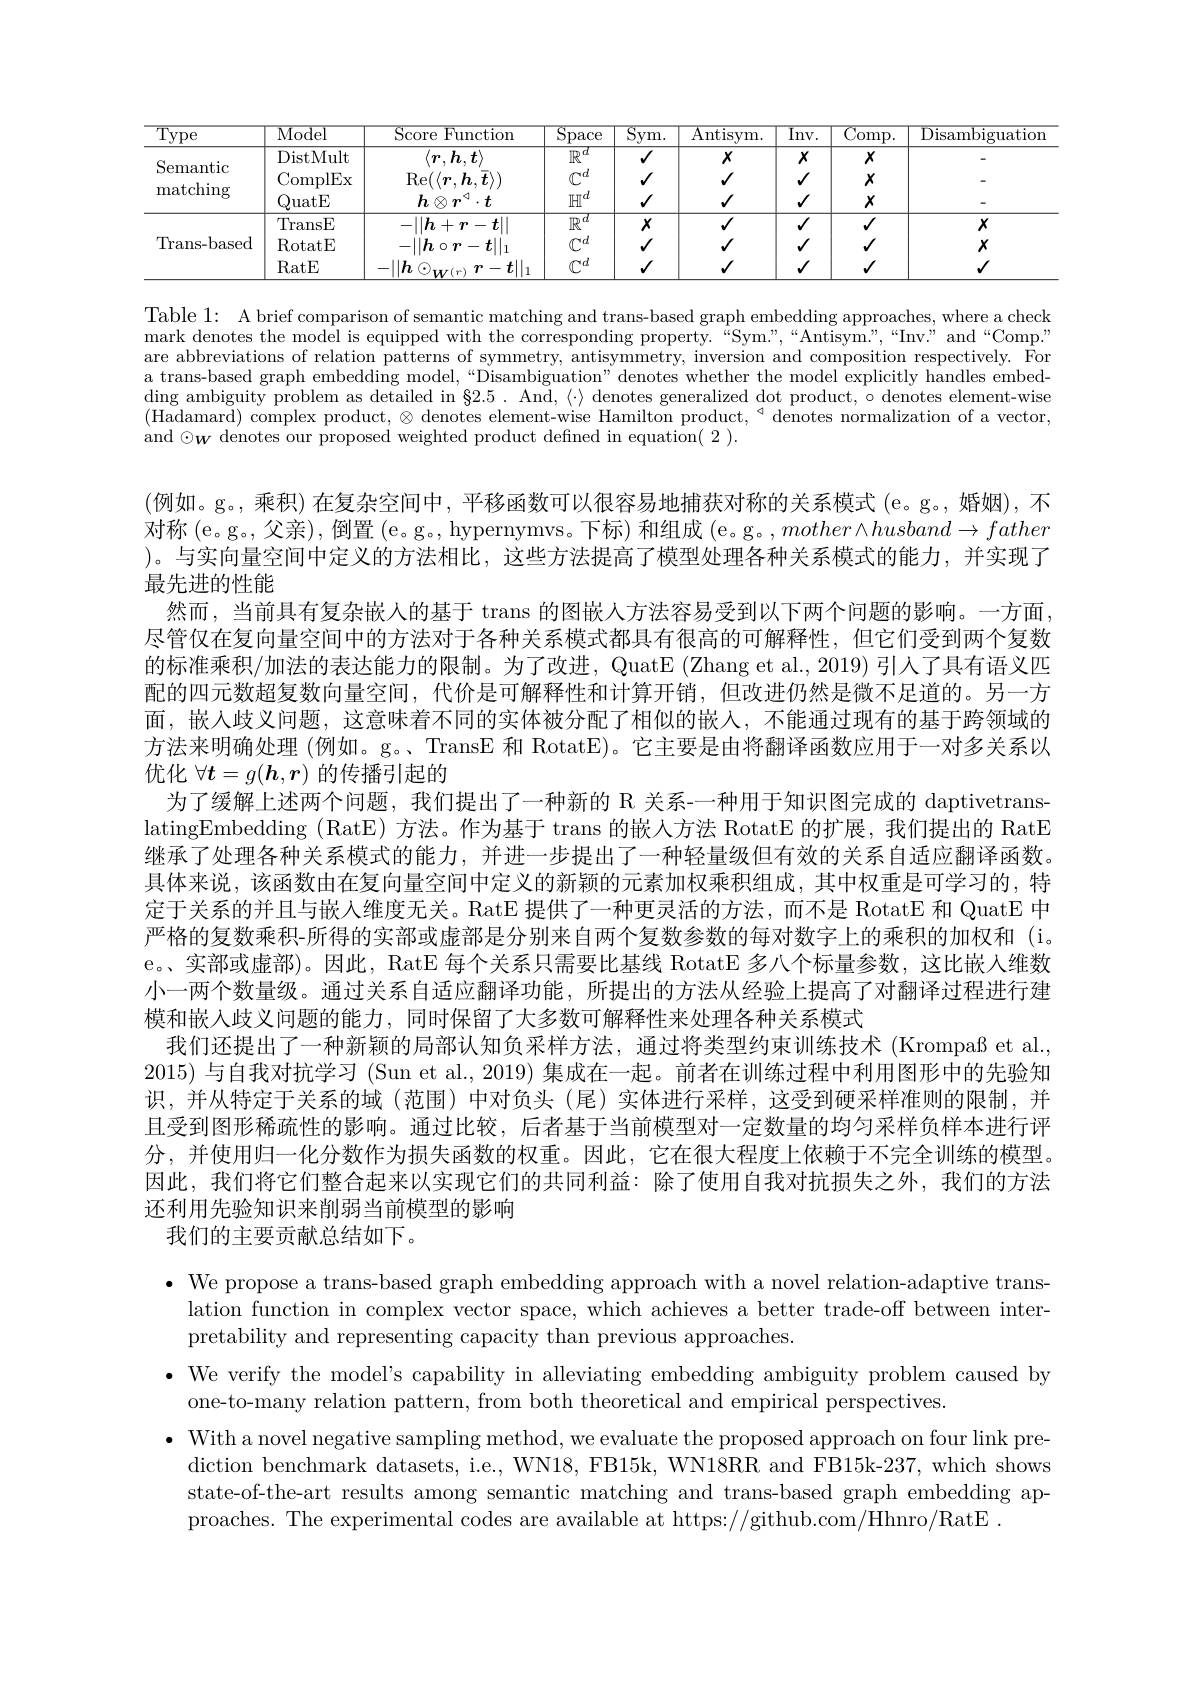
<table>
	<tbody>
		<tr>
			<th>$\overline{\mathrm{Type}}$</th>
			<th>$\overline{\mathrm{Model}}$</th>
			<th>Score E Function</th>
			<th>$\overline{\mathrm{Space}}$</th>
			<th>$\overline{{\mathrm{Antisym.}}}$</th>
			<th>$\overline{\mathrm{Inv.}}$</th>
			<th>$\overline{\mathrm{Comp}}.$</th>
			<th>Disambiguatior</th>
		</tr>
		<tr>
			<td rowspan="2">Semantic ${\mathrm{matching}}$</td>
			<td>DistMult</td>
			<td>$\langle\boldsymbol{r},\boldsymbol{h},\boldsymbol{t}\rangle$</td>
			<td>$\mathbb{R}^d$</td>
			<td>$X$</td>
			<td>$X$</td>
			<td>$X$</td>
			<td> </td>
		</tr>
		<tr>
			<td>0 ${\mathrm{2uatE}}$</td>
			<td>$h$ $\cdot\boldsymbol{t}$</td>
			<td>$\mathbb{H}^{d}$</td>
			<td>$√$</td>
			<td>$√$</td>
			<td>$X$</td>
			<td> </td>
		</tr>
		<tr>
			<td rowspan="3">Trans- based</td>
			<td>TransE</td>
			<td>$-||h+r-t||$</td>
			<td>$\mathbb{R}^d$</td>
			<td>$√$</td>
			<td>$\checkmark$</td>
			<td>$√$</td>
			<td>$X$</td>
		</tr>
		<tr>
			<td>$\operatorname{RotatE}$</td>
			<td>$\|h\circ r-\boldsymbol{t}\|$</td>
			<td>$\mathbb{C}^d$</td>
			<td>$√$</td>
			<td>$√$</td>
			<td>$√$</td>
			<td>$X$</td>
		</tr>
		<tr>
			<td>RatE</td>
			<td>$-||\boldsymbol{h}\odot$ $r-\boldsymbol{t}\|_{1}$ .</td>
			<td>$\mathbb{C}^d$</td>
			<td>$√$</td>
			<td>$√$</td>
			<td>$V$</td>
			<td>$√$</td>
		</tr>
	</tbody>
</table>

Table 1: A brief comparison of semantic matching and trans-based graph embedding approaches, where a check mark denotes the model is equipped with the corresponding property.“Sym”,“Antisym?,“Inv:”and“Comp.” are abbreviations of relation patterns of symmetry, antisymmetry, inversion and composition respectively. For a trans-based graph embedding model,“Disambiguation” denotes whether the model explicitly handles embed- $\operatorname{ding}$ ambiguity problem as detailed in $\$2.5.$ And, $\langle\cdot\rangle$ denotes generalized dot product, $\circ$ denotes element-wise (Hadamard) complex product, $\otimes\text{denotes element-wise Hamilton product,}^{\triangleleft}$ denotes normalization of a vector, and$\odot\boldsymbol w$ denotes our proposed weighted product defined in equation( 2 ).

(例如。g。,乘积)在复杂空间中，平移函数可以很容易地捕获对称的关系模式 (e。g。,婚姻),不对称(e。g。父亲), 倒置 (e。g。, hypernymvs。下标) 和组成 (e。g。$,mother\wedge husband\to father$ )。与实向量空间中定义的方法相比，这些方法提高了模型处理各种关系模式的能力，并实现了最先进的性能
然而，当前具有复杂嵌人的基于 trans 的图嵌人方法容易受到以下两个问题的影响。一方面， 尽管仅在复向量空间中的方法对于各种关系模式都具有很高的可解释性，但它们受到两个复数的标准乘积/加法的表达能力的限制。为了改进，QuatE (Zhang et al., 2019) 引入了具有语义匹配的四元数超复数向量空间，代价是可解释性和计算开销，但改进仍然是微不足道的。另一方面，嵌人歧义问题，这意味着不同的实体被分配了相似的嵌入，不能通过现有的基于跨领域的方法来明确处理 (例如。g。、TransE 和 RotatE)。它主要是由将翻译函数应用于一对多关系以优化$\forall\boldsymbol{t}=g(\boldsymbol{h},\boldsymbol{r})$的传播引起的
为了缓解上述两个问题，我们提出了一种新的 R 关系-一种用于知识图完成的 daptivetranslatingEmbedding (RatE) 方法。作为基于 trans 的嵌人方法 RotatE 的扩展，我们提出的 RatE 继承了处理各种关系模式的能力，并进一步提出了一种轻量级但有效的关系自适应翻译函数。具体来说，该函数由在复向量空间中定义的新颖的元素加权乘积组成，其中权重是可学习的，特定于关系的并且与嵌入维度无关。RatE 提供了一种更灵活的方法，而不是 RotatE 和 QuatE 中严格的复数乘积-所得的实部或虚部是分别来自两个复数参数的每对数字上的乘积的加权和 (i。e。、实部或虚部)。因此，RatE 每个关系只需要比基线 RotatE 多八个标量参数，这比嵌人维数小一两个数量级。通过关系自适应翻译功能，所提出的方法从经验上提高了对翻译过程进行建模和嵌入歧义问题的能力，同时保留了大多数可解释性来处理各种关系模式
我们还提出了一种新颖的局部认知负采样方法，通过将类型约束训练技术 (Krompaß et al., 2015)与自我对抗学习 (Sun et al., 2019) 集成在一起。前者在训练过程中利用图形中的先验知识，并从特定于关系的域 (范围)中对负头 (尾)实体进行采样，这受到硬采样准则的限制，并且受到图形稀疏性的影响。通过比较，后者基于当前模型对一定数量的均匀采样负样本进行评分，并使用归一化分数作为损失函数的权重。因此，它在很大程度上依赖于不完全训练的模型。因此，我们将它们整合起来以实现它们的共同利益：除了使用自我对抗损失之外，我们的方法还利用先验知识来削弱当前模型的影响
我们的主要贡献总结如下。

· We propose a trans-based graph embedding approach with a novel relation-adaptive trans-
lation function in complex vector space, which achieves a better trade-off between inter-
pretability and representing capacity than previous approaches.
$\bullet$ We verify the model's capability in alleviating embedding ambiguity problem caused by
one-to-many relation pattern, from both theoretical and empirical perspectives.
$\bullet$ With a novel negative sampling method, we evaluate the proposed approach on four link pre-
diction benchmark datasets, i.e., WN18, FB15k, WN18RR and FB15k-237, which shows state-of-the-art results among semantic matching and trans-based graph embedding approaches. The experimental codes are available at https://github.com/Hhnro/RatE .